Indian journal of veterinary science and animal husbandry - Volumes 15-17, 1948-1951
Year: 1948
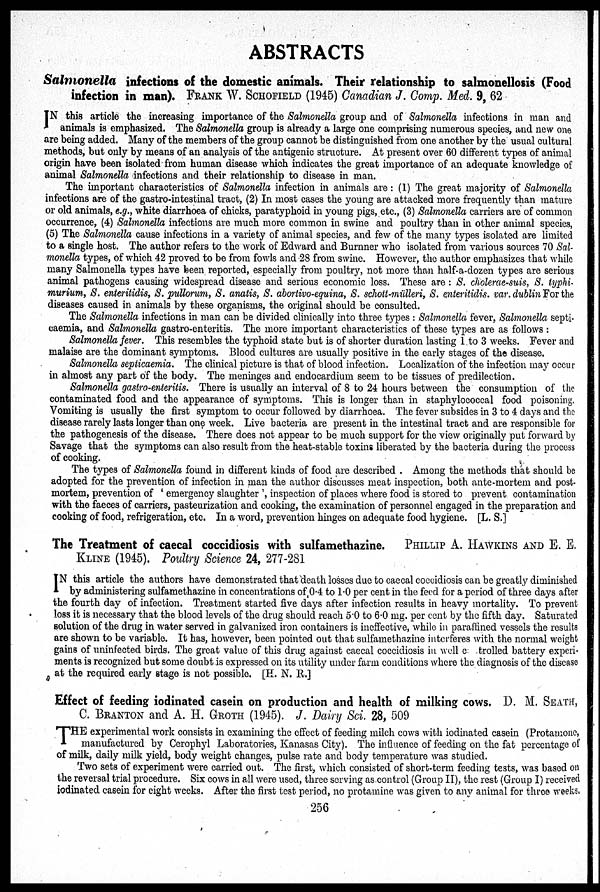
ABSTRACTS
Salmonella
infections of the domestic animals. Their relationship to salmonellosis (Food
infection in man). FRANK W. SCHOFIELD (1945) Canadian J. Comp. Med. 9, 62
I N this article the increasing importance of the Salmonella group and of Salmonella infections in man and
animals is emphasized. The Salmonella group is already a large one comprising numerous species, and new one
are being added. Many of the members of the group cannot be distinguished from one another by the usual cultural
methods, but only by means of an analysis of the antigenic structure. At present over 60 different types of animal
origin have been isolated from human disease which indicates the great importance of an adequate knowledge of
animal Salmonella infections and their relationship to disease in man.
The important characteristics of Salmonella infection in animals are : (1) The great majority of Salmonella
infections are of the gastro-intestinal tract, (2) In most cases the young are attacked more frequently than mature
or old animals, e.g., white diarrhoea of chicks, paratyphoid in young pigs, etc., (3) Salmonella carriers are of common
occurrence, (4) Salmonella infections are much more common in swine and poultry than in other animal species,
(5) The Salmonella cause infections in a variety of animal species, and few of the many types isolated are limited
to a single host. The author refers to the work of Edward and Burnner who isolated from various sources 70 Sal-
monella types, of which 42 proved to be from fowls and 28 from swine. However, the author emphasizes that while
many Salmonella types have been reported, especially from poultry, not more than half-a-dozen types are serious
animal pathogens causing widespread disease and serious economic loss. These are: S. cholerae-suis, S. typhi-
murium, S. enteritidis, S. pullorum, S. anatis, S. abortivo-equina, S. schott-mülleri, S. enteritidis. var. dublin For the
diseases caused in animals by these organisms, the original should be consulted.
The Salmonella infections in man can be divided clinically into three types : Salmonella fever, Salmonella septi-
caemia, and Salmonella gastro-enteritis. The more important characteristics of these types are as follows :
Salmonella fever. This resembles the typhoid state but is of shorter duration lasting 1 to 3 weeks. Fever and
malaise are the dominant symptoms. Blood cultures are usually positive in the early stages of the disease.
Salmonella septicaemia. The clinical picture is that of blood infection. Localization of the infection may occur
in almost any part of the body. The meninges and endocardium seem to be tissues of predilection.
Salmonella gastro-enteritis. There is usually an interval of 8 to 24 hours between the consumption of the
contaminated food and the appearance of symptoms. This is longer than in staphylococcal food poisoning.
Vomiting is usually the first symptom to occur followed by diarrhoea. The fever subsides in 3 to 4 days and the
disease rarely lasts longer than one week. Live bacteria are present in the intestinal tract and are responsible for
the pathogenesis of the disease. There does not appear to be much support for the view originally put forward by
Savage that the symptoms can also result from the heat-stable toxins liberated by the bacteria during the process
of cooking.
The types of Salmonella found in different kinds of food are described . Among the methods that should be
adopted for the prevention of infection in man the author discusses meat inspection, both ante-mortem and post-
mortem, prevention of ' emergency slaughter', inspection of places where food is stored to prevent contamination
with the faeces of carriers, pasteurization and cooking, the examination of personnel engaged in the preparation and
cooking of food, refrigeration, etc. In a word, prevention hinges on adequate food hygiene. [L. S.]
The Treatment of caecal coccidiosis with sulfamethazine. PHILLIP A. HAWKINS AND E. E.
KLINE (1945). Poultry Science 24, 277-281
I N this article the authors have demonstrated that death losses due to caecal coccidiosis can be greatly diminished
by administering sulfamethazine in concentrations of 0.4 to 1.0 per cent in the feed for a period of three days after
the fourth day of infection. Treatment started five days after infection results in heavy mortality. To prevent
loss it is necessary that the blood levels of the drug should reach 5.0 to 6.0 mg. per cent by the fifth day. Saturated
solution of the drug in water served in galvanized iron containers is ineffective, while in paraffined vessels the results
are shown to be variable. It has, however, been pointed out that sulfamethazine interferes with the normal weight
gains of uninfected birds. The great value of this drug against caecal coccidiosis in well c trolled battery experi-
ments is recognized but some doubt is expressed on its utility under farm conditions where the diagnosis of the disease
at the required early stage is not possible. [H. N. R.]
Effect of feeding iodinated casein on production and health of milking cows. D. M. SEATH,
C. BRANTON and A. H. GROTH (1945). J. Dairy Sci. 28, 509
T HE experimental work consists in examining the effect of feeding milch cows with iodinated casein (Protamone,
manufactured by Ccrophyl Laboratories, Kanasas City). The influence of feeding on the fat percentage of
of milk, daily milk yield, body weight changes, pulse rate and body temperature was studied.
Two sets of experiment were carried out. The first, which consisted of short-term feeding tests, was based on
the reversal trial procedure. Six cows in all were used, three serving as control (Group II), the rest (Group I) received
iodinated casein for eight weeks. After the first test period, no protamine was given to any animal for throe weeks.
256